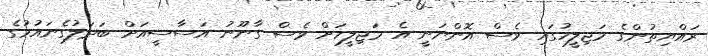
ރައްޔިތުންގެ މަޖިލީހުގައި ވެސް އޮންނަނީ އެ މަޖިލީހަށް ވެސް ގާނޫނު އަސާސީއަށް ބަދަލުގެނައުމުގެ